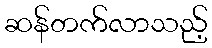
ဆန်တက်လာသည့်